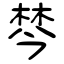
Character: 棽